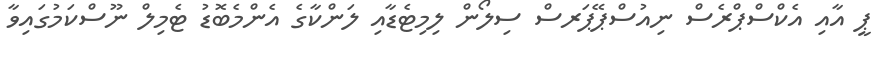
ޕީ އާއި އެކްސްޕްރެސް ނިއުސްޕޭޕަރސް ސިލޯން ލިމިޓެޑާއި ލަންކާގެ އެންމެބޮޑު ޓެމިލް ނޫސްކަމުގައިވާ